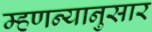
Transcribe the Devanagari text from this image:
म्हणन्यानुसार